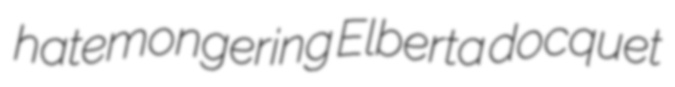
hatemongering Elberta docquet